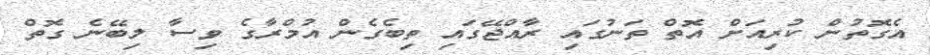
އެގޮތުން ކުރިއަށް އޮތް ތަނުގައި ރާއްޖޭގައި ތިބެގެން އުމްރާގެ ވިސާ ލިބޭނެ ގޮތް